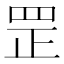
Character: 罡